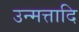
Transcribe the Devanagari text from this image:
उन्मत्तादि